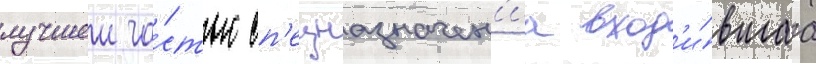
лучшеи ча́стью сп'ецназначен'иа вход'и́вшаа